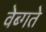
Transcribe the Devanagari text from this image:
वेब्गते